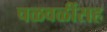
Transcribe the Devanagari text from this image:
चळवळींसह